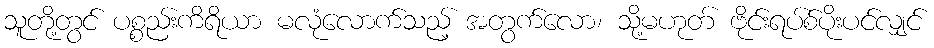
သူတို့တွင် ပစ္စည်းကိရိယာ မလုံလောက်သည့် အတွက်လော၊ သို့မဟုတ် ဗိုင်းရပ်စ်ပိုးပင်လျှင်